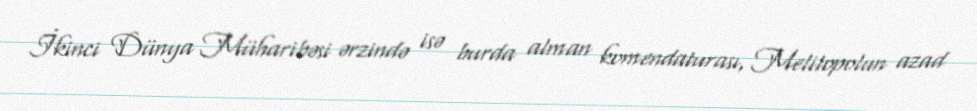
İkinci Dünya Müharibəsi ərzində isə burda alman komendaturası, Melitopolun azad